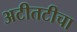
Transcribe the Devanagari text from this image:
अटीतटीचा